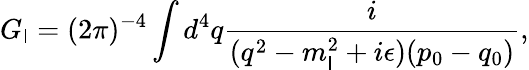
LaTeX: G_{\mathsf{l}}=(2\pi)^{-4}\int{d^{4}q{\frac{{i}}{{(q^{2}-m_{\mathsf{l}}^{2}+i\epsilon)(p_{0}-q_{0})}}}},